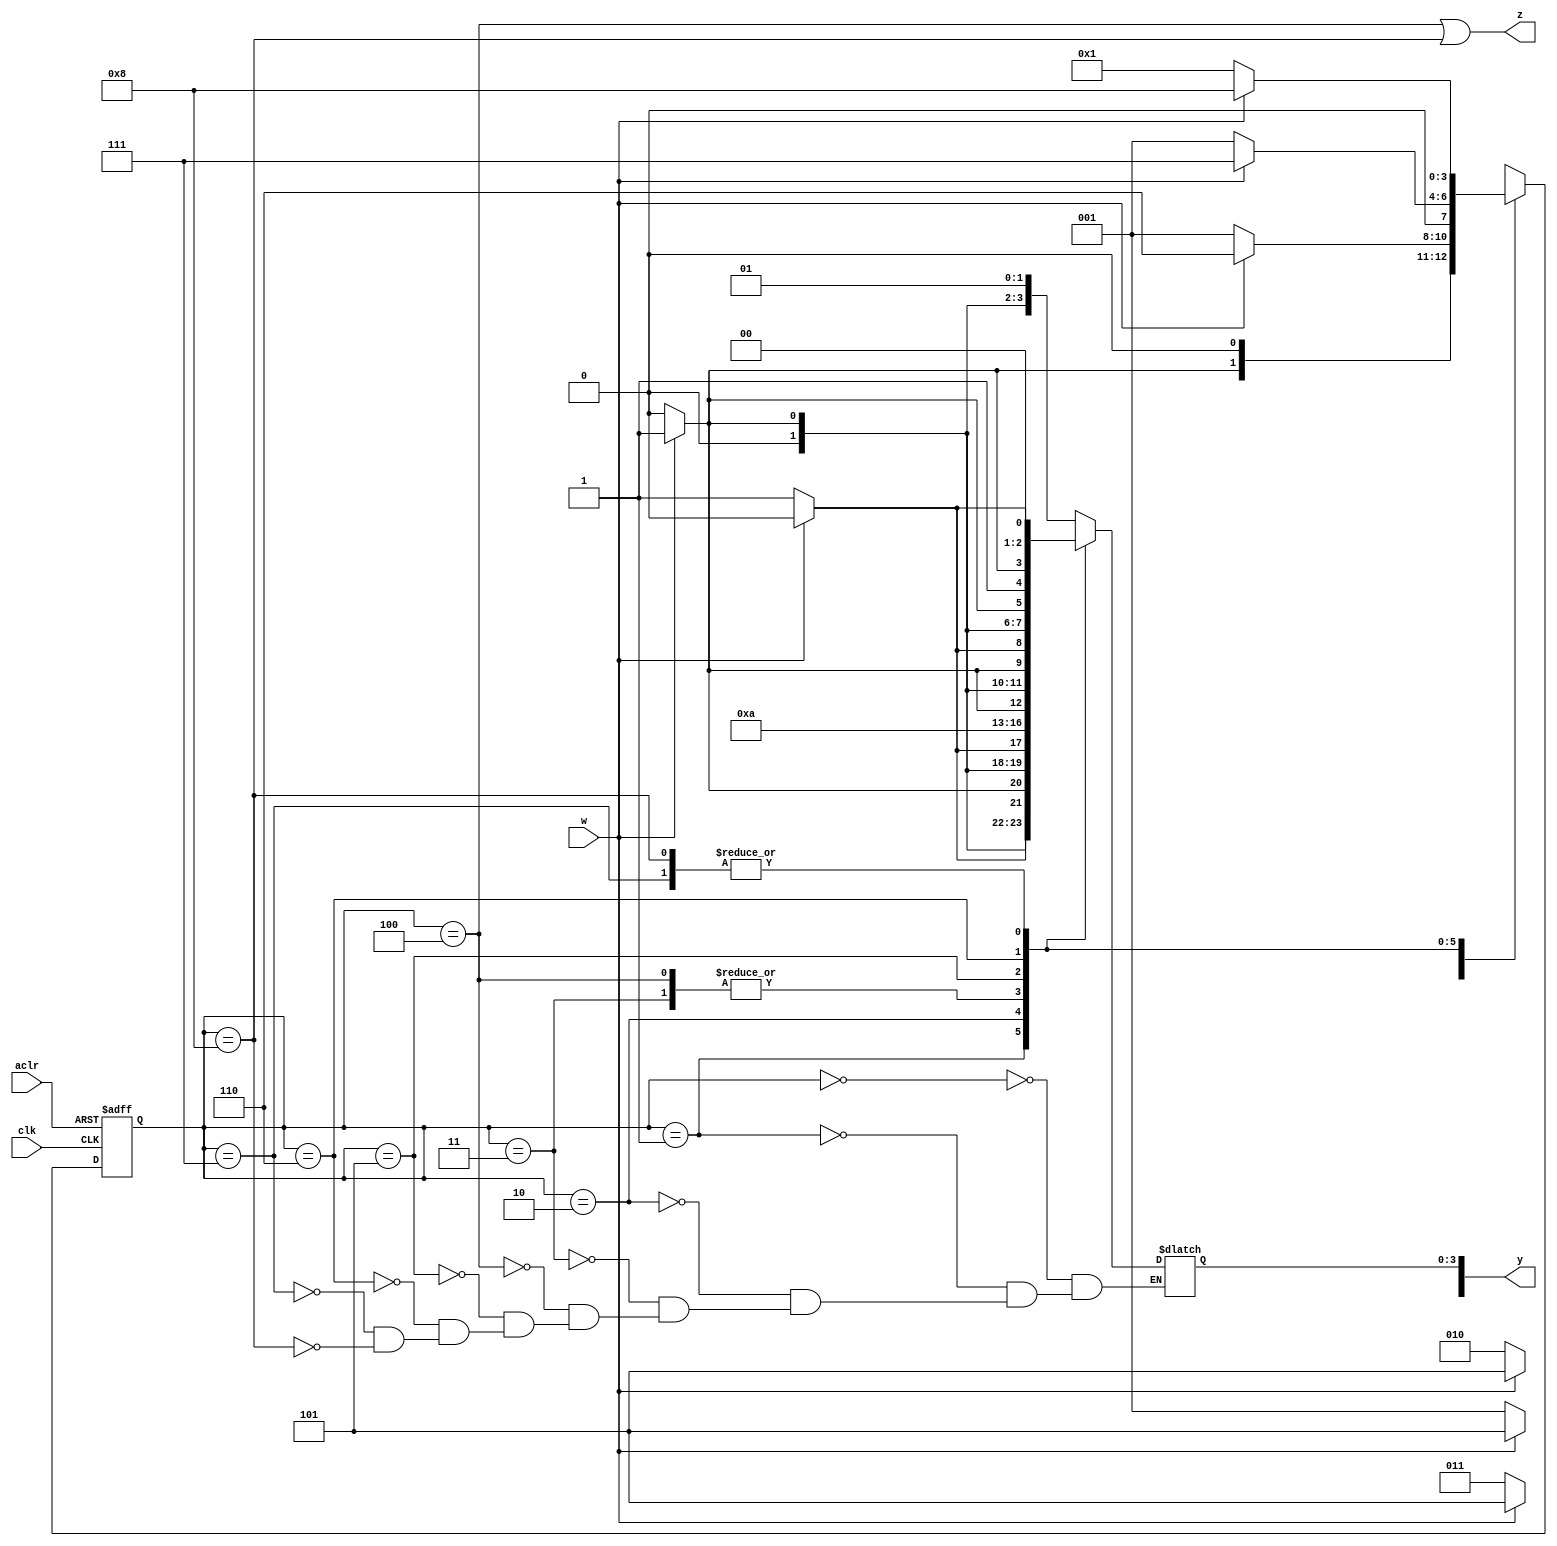
module FSM_user_coding(
	input w,clk,aclr,
	output reg z,
	output reg [8:0] y);

	reg [3:0] y_Q,Y_D;
// present state 
// next state
	localparam [3:0]
	A = 4'b0000,
// kody stanw
	B = 4'b0001,
	C = 4'b0010,
	D = 4'b0011,
	E = 4'b0100,
	F = 4'b0101,
	G = 4'b0110,
	H = 4'b0111,
	I = 4'b1000;

	always @(*)
	// defenicia przej
	case (y_Q)
		A:

		if (!w) begin 
					Y_D = B;
					y[0]=1;
					y[1]=0;
					y[2]=0;
					y[3]=0;
					end
			
		else begin	
				Y_D = F;
				y[0]=1;
				y[2]=1;
				y[1]=0;
				y[3]=0;
					end

		B:

		if (!w) begin
					Y_D = C;
					y[0]=0;
					y[1]=1;
					y[2]=0;
					y[3]=0;
					end

		else begin
		Y_D = F;
				y[0]=1;
				y[2]=1;
				y[1]=0;
				y[3]=0;
					end
	
		C:

		if (!w) begin 
					Y_D = D;
					y[0]=1;
					y[1]=1;
					y[2]=0;
					y[3]=0;
					end

		else begin
		Y_D = F;
				y[0]=1;
				y[2]=1;
				y[1]=0;
				y[3]=0;
					end

		D:

		if (!w) begin 
					Y_D = E;
					y[0]=0;
					y[1]=0;
					y[2]=1;
					y[3]=0;
					end

		else begin
		Y_D = F;
				y[0]=1;
				y[2]=1;
				y[1]=0;
				y[3]=0;
					end

		E:

		if (!w) begin 
					Y_D = E;
					y[0]=0;
					y[1]=0;
					y[2]=1;
					y[3]=0;
					end

		else begin
		Y_D = F;
				y[0]=1;
				y[2]=1;
				y[1]=0;
				y[3]=0;
					end

		F:

		if (!w) begin 
					Y_D = B;
					y[0]=1;
					y[1]=0;
					y[2]=0;
					y[3]=0;
					end
			

		else begin 
					Y_D = G;
					y[0]=0;
					y[1]=1;
					y[2]=1;
					y[3]=0;
					end

		G:

		if (!w) begin 
					Y_D = B;
					y[0]=1;
					y[1]=0;
					y[2]=0;
					y[3]=0;
					end
			

		else begin 
					Y_D = H;
					y[0]=1;
					y[1]=1;
					y[2]=1;
					y[3]=0;
					end

		H:

		if (!w) begin 
					Y_D = B;
					y[0]=1;
					y[1]=0;
					y[2]=0;
					y[3]=0;
					end
			

		else begin 
					Y_D = I;
					y[0]=0;
					y[1]=0;
					y[2]=0;
					y[3]=1;
					end
			
		I:
		
		if (!w) begin 
					Y_D = B;
					y[0]=1;
					y[1]=0;
					y[2]=0;
					y[3]=0;
					end
			

		else begin 
					Y_D = I;
					y[0]=0;
					y[1]=0;
					y[2]=0;
					y[3]=1;
					end

		default:

		Y_D = 4'bxxxx;

endcase



always @(posedge clk,negedge aclr)

// defenicja pamci

if (~aclr)

y_Q <= 0;

else

y_Q <= Y_D;

always @(*)

// defenicja wyj

z = (y_Q == E) | (y_Q == I);

endmodule


module PS6_ZAD4(
input [1:0] SW,
input [1:0] KEY,
output [9:0] LEDR);

FSM_user_coding ex(SW[1],KEY[0],SW[0],LEDR[9],LEDR[8:0]);

endmodule